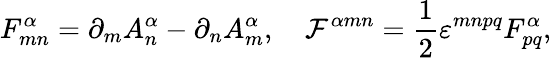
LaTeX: F_{mn}^{\alpha}=\partial_{m}A_{n}^{\alpha}-\partial_{n}A_{m}^{\alpha},\quad{\cal F}^{\alpha mn}=\frac{1}{2}\varepsilon^{mnpq}F_{pq}^{\alpha},